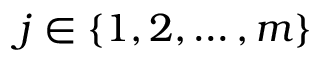
j \in \left\{ 1 , 2 , \ldots , m \right\}